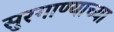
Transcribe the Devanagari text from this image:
सुरगाण्याच्या